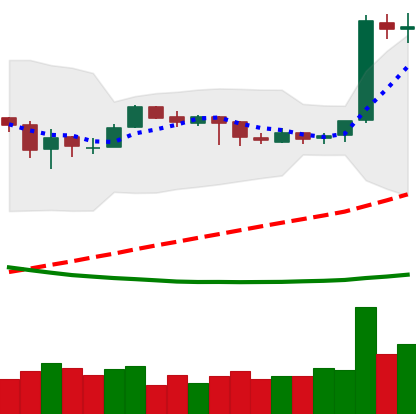
Ticker: EOS-USD
Chart end date: 2019-03-29
Forward return: 21.952%
Label: up_7plus